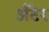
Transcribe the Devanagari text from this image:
अँटेर